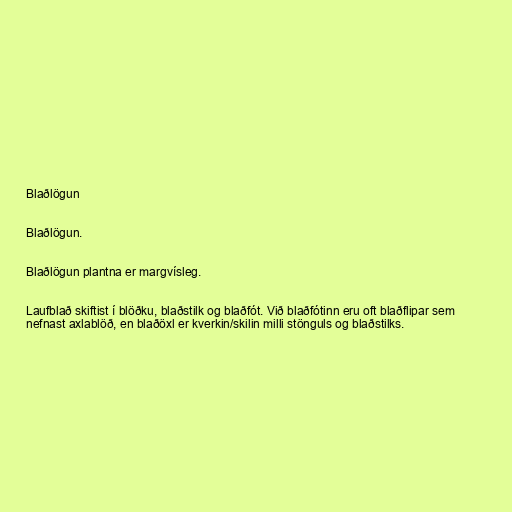
Blaðlögun

Blaðlögun.

Blaðlögun plantna er margvísleg.

Laufblað skiftist í blöðku, blaðstilk og blaðfót. Við blaðfótinn eru oft blaðflipar sem
nefnast axlablöð, en blaðöxl er kverkin/skilin milli stönguls og blaðstilks.